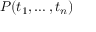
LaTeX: P ( t _ { 1 } , \ldots , t _ { n } )